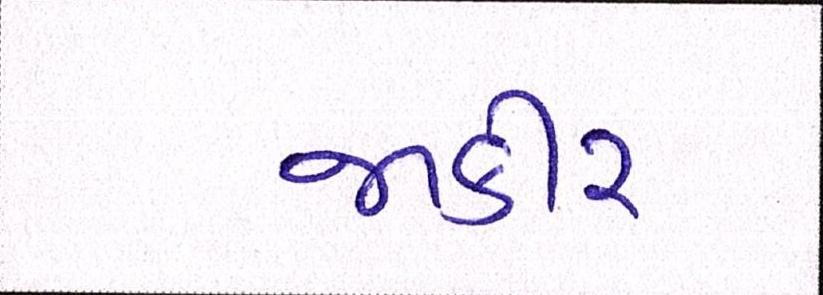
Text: જાકીર